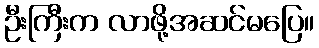
ဦးကြီးက လာဖို့အဆင်မပြေ။